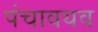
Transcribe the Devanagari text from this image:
पंचावयव